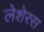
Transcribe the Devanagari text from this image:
लेशेरस